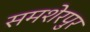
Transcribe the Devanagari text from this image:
समशेरपुर